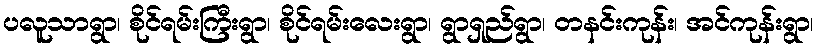
ပလူသာရွာ၊ စိုင်ရမ်းကြီးရွာ၊ စိုင်ရမ်းလေးရွာ၊ ရွာရှည်ရွာ၊ တနင်းကုန်း၊ အင်ကုန်းရွာ၊